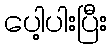
ပေါ့ပါးပြီး